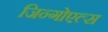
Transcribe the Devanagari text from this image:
जिन्गोएल्स